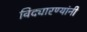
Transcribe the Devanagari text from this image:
विद्यारण्यांनी